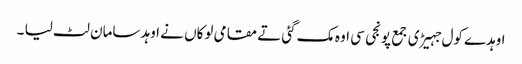
اوہدے کول جہیڑی جمع پونجی سی اوہ مک گئی تے مقامی لوکاں نے اوہد سامان لٹ لیا ۔